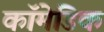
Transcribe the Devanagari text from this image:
कॉमेडिक